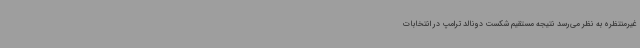
غیرمنتظره به نظر می‌رسد نتیجه مستقیم شکست دونالد ترامپ در انتخابات